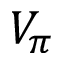
V _ { \pi }